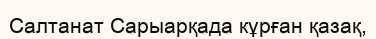
Салтанат Сарыарқада кұрған қазақ,